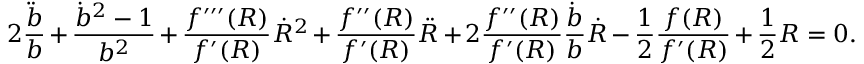
2 \frac { \ddot { b } } { b } + \frac { { \dot { b } } ^ { 2 } - 1 } { b ^ { 2 } } + \frac { f ^ { \prime \prime \prime } ( R ) } { f ^ { \prime } ( R ) } \dot { R } ^ { 2 } + \frac { f ^ { \prime \prime } ( R ) } { f ^ { \prime } ( R ) } \ddot { R } + 2 \frac { f ^ { \prime \prime } ( R ) } { f ^ { \prime } ( R ) } \frac { \dot { b } } { b } \dot { R } - \frac { 1 } { 2 } \frac { f ( R ) } { f ^ { \prime } ( R ) } + \frac { 1 } { 2 } R = 0 .